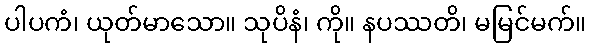
ပါပကံ၊ ယုတ်မာသော။ သုပိနံ၊ ကို။ နပဿတိ၊ မမြင်မက်။